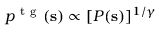
p ^ { \mathrm { ~ t ~ g ~ } } ( \mathbf { s } ) \propto [ P ( \mathbf { s } ) ] ^ { 1 / \gamma }